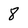
Character: 8